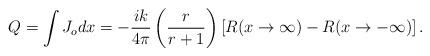
LaTeX: \begin{align*}Q_{}=\int J_o dx= -\frac{ik}{4\pi }\left( \frac{r}{r+1}\right) \left[R(x \rightarrow \infty )-R(x \rightarrow -\infty )\right]. \end{align*}